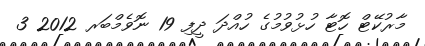
މާރުކޭޓް ހޮޓާ ހުޅުވުމުގެ ހުއްދަ ދީފި 19 ނޮވެމްބަރ 2012 3